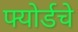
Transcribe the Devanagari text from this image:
फ्योर्डचे